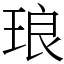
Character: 琅